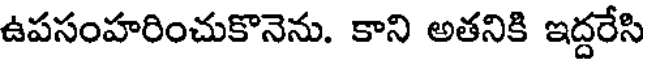
ఉపసంహరించుకొనెను. కాని అతనికి ఇద్దరేసి